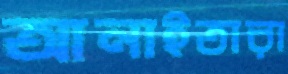
আনাইতারা